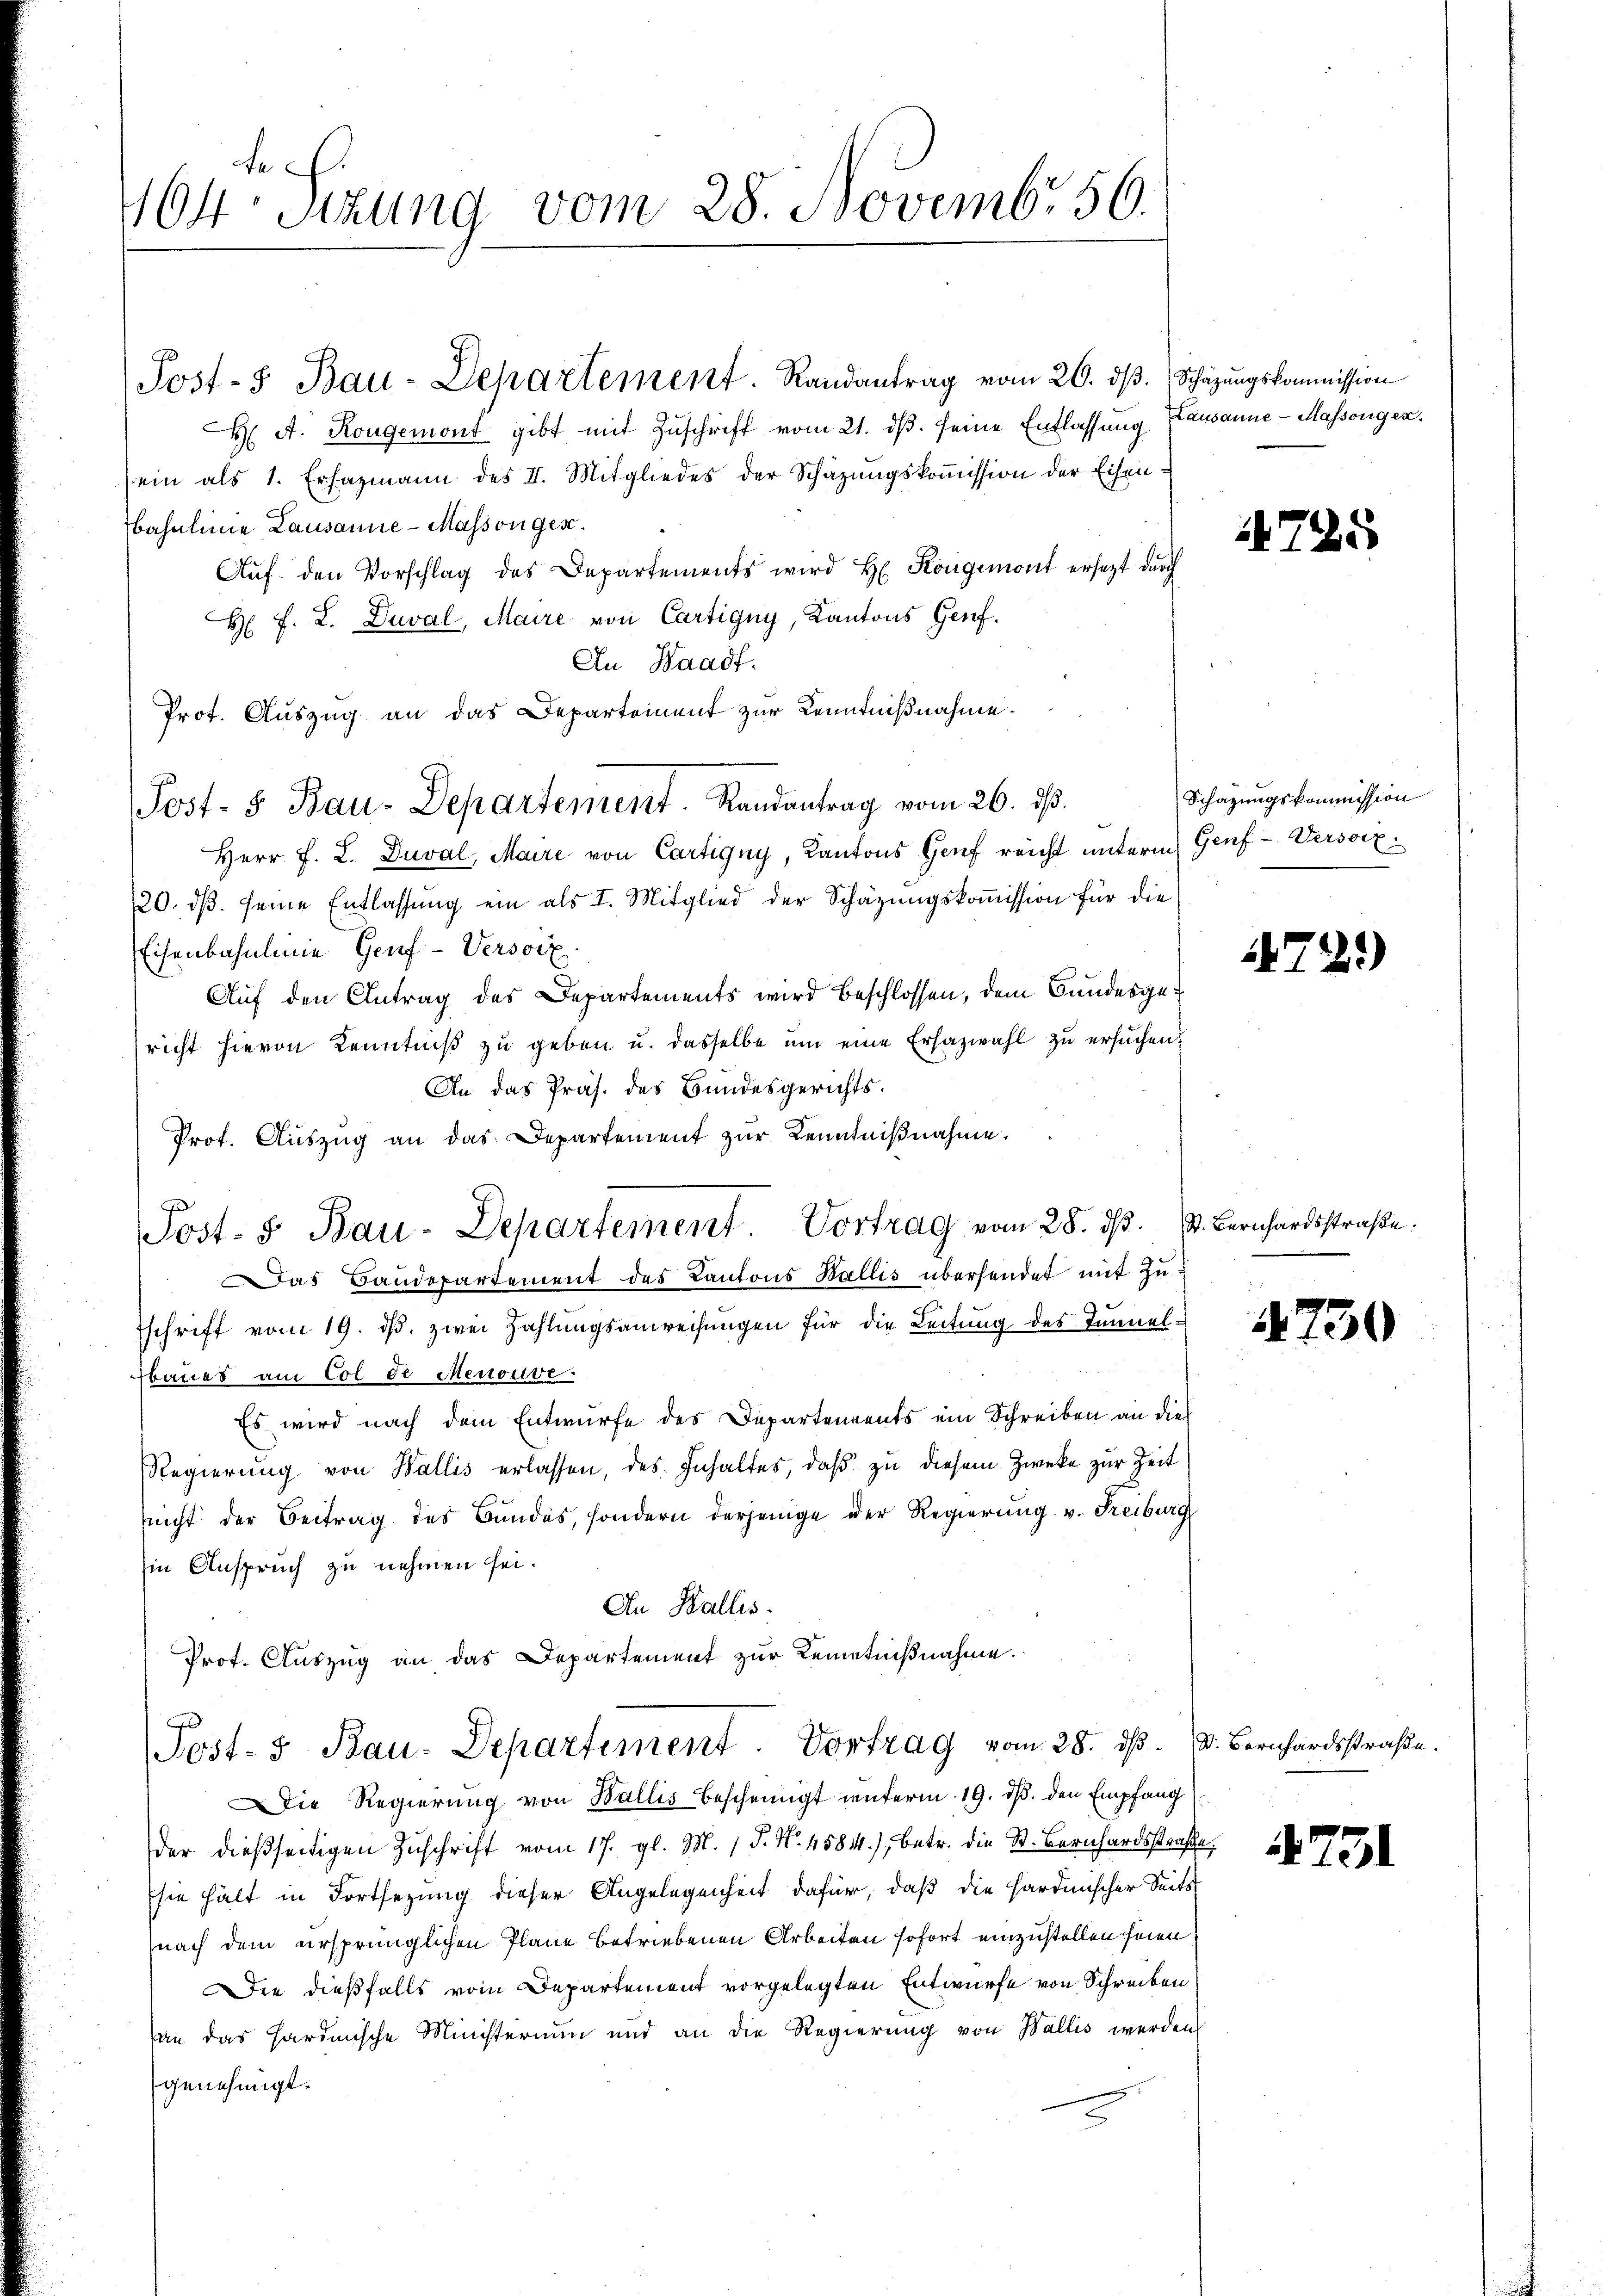
de
104 Sekung vom 28. Novembr 56.

Post- Bau-Departement. Randantrag vom 20. dβ. (Schazungskommission
H A. Kongemont gibt mit Zŭschrift vom 21. dβ. seine Entlassŭng Lausanne - Massengen,
sein als 1. Ersazmann des II. Mitgliedes der Schazungskoṁission der Eisenbahnlinie Lausanne - Masson ges.
Aŭf den Vorschlag des Departements wird H. Kongemont ersezt durch
H F. L. Duval, Maire von Cartigny, Kantons Genf.
An Waadt.
Prot. Auszug an das Departement zur Kenntnißnahme.
Herr F. L. Duval, Maire von Cartigny, Kantons Genf reicht unterm Genf -Versorz¬
20. dβ. seine Entlassŭng ein als I. Mitglied der Schäzŭngskoṁission für die
Eisenbahnlinie Genf -Versoix.
Auf den Antrag des Departements wird beschlossen, dem Bundesgericht hievon Kenntniß zu geben u. dasselbe um eine Erhazwahl zu ersuchen.
An das Präs. des Bundesgerichts.
Prot. Aŭszŭg an das Departement zŭr Kenntniβnahme.
f
Post- & Bau-Departement Vortrag vom 28. ds. v. Bernhardsstraße.
Das Baudepartement des Kantons Wallis überhendet mit Zuschrift vom 19. ds. zwei Zahlungsanweisungen für die Leitung des Tunnelfbaues am Col de Menouve
Es wird nach dem Entwurfe des Departements ein Schreiben an dies
Regierung von Wallis erlassen, des Inhaltes, daß zu diesem Zwecke zur Zeit
nicht der Beitrag des Bundes, sondern derjenige der Regierung v. Freiburg
in Anspruch zu nehmen sei.
An Wallis.
Prot. Auszug an das Departement zur Kenntnißnahme.
Post-3 Bau-Departement. Vortrag vom 28. d. d. Bernhardsstraße.
Die Regierung von Wallis bescheinigt interm 19. ds. den Empfang
der dießseitigen Zŭschrift vom 17. gl. M. 1 P. Nr. 4584.) Betr. die St. Bernhardsstraße,
Esie hält in Fortsezung dieser Angelegenheit dafür, daß die hardinischer Seits
nach dem ursprünglichen Plane betriebenen Arbeiten sofort einzustellen seien
Die dießfalls vom Departement vorgelegten Entwurfe von Schreiben
an das Hardmische Ministerium und an die Regierung von Wallis werden
genehmigt.

Post- & Bau-Departement. Randantrag vom 26. ds.

785

Schazungskommission

1741)

1750

751